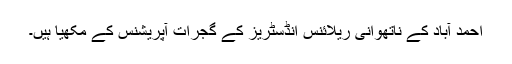
احمد آباد کے ناتھوانی ریلائنس انڈسٹریز کے گجرات آپریشنس کے مکھیا ہیں۔